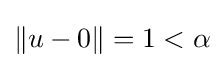
\|u-0\|=1<\alpha